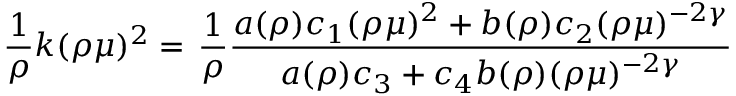
\frac { 1 } { \rho } k ( \rho \mu ) ^ { 2 } = \left. \frac { 1 } { \rho } \frac { a ( \rho ) c _ { 1 } ( \rho \mu ) ^ { 2 } + b ( \rho ) c _ { 2 } ( \rho \mu ) ^ { - 2 \gamma } } { a ( \rho ) c _ { 3 } + c _ { 4 } b ( \rho ) ( \rho \mu ) ^ { - 2 \gamma } } \right.